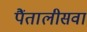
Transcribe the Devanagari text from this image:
पैंतालीसवां